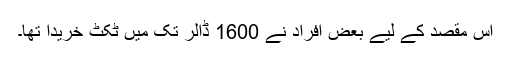
اس مقصد کے لیے بعض افراد نے 1600 ڈالر تک میں ٹکٹ خریدا تھا۔